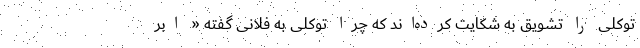
توکلی را تشویق به شکایت کرده‌اند که چرا توکلی به فلانی گفته « ابر